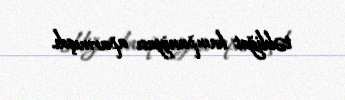
təbliğat kampaniyası aparmışdı.